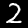
Label: 2